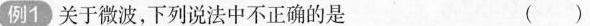
例1关于微波，下列说法中不正确的是 ()